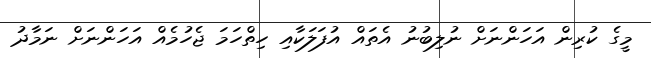
މީގެ ކުރިން އަހަންނަށް ނުލިބުނު އެތައް އުފަލަކާއި ހިތްހަމަ ޖެހުމެއް އަހަންނަށް ނަމާދު